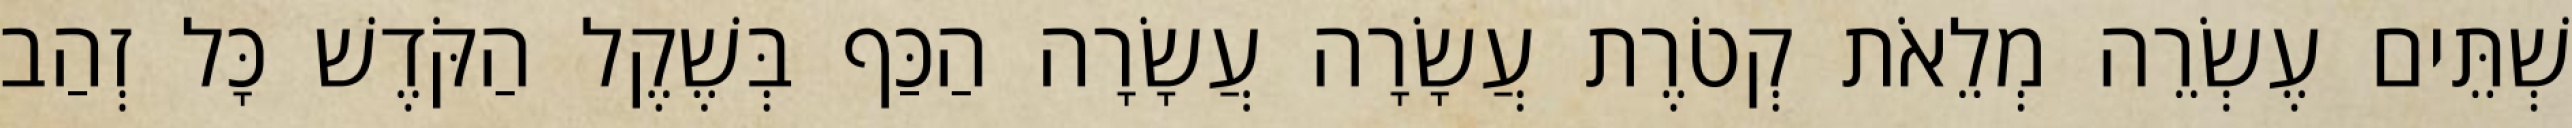
שְׁתֵּים עֶשְׂרֵה מְלֵאֹת קְטֹרֶת עֲשָׂרָה עֲשָׂרָה הַכַּף בְּשֶׁקֶל הַקֹּדֶשׁ כָּל זְהַב